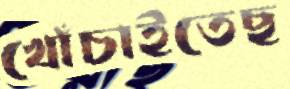
খোঁচাইতেছ